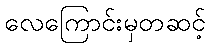
လေကြောင်းမှတဆင့်